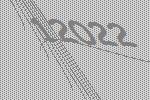
12022